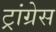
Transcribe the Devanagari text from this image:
ट्रांग्रेस